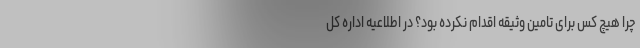
چرا هیچ کس برای تامین وثیقه اقدام نکرده بود؟ در اطلاعیه اداره کل